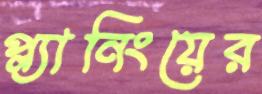
প্ল্যানিংয়ের